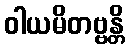
ဝါယမိတဗ္ဗန္တိ